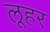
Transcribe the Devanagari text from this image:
लूहर